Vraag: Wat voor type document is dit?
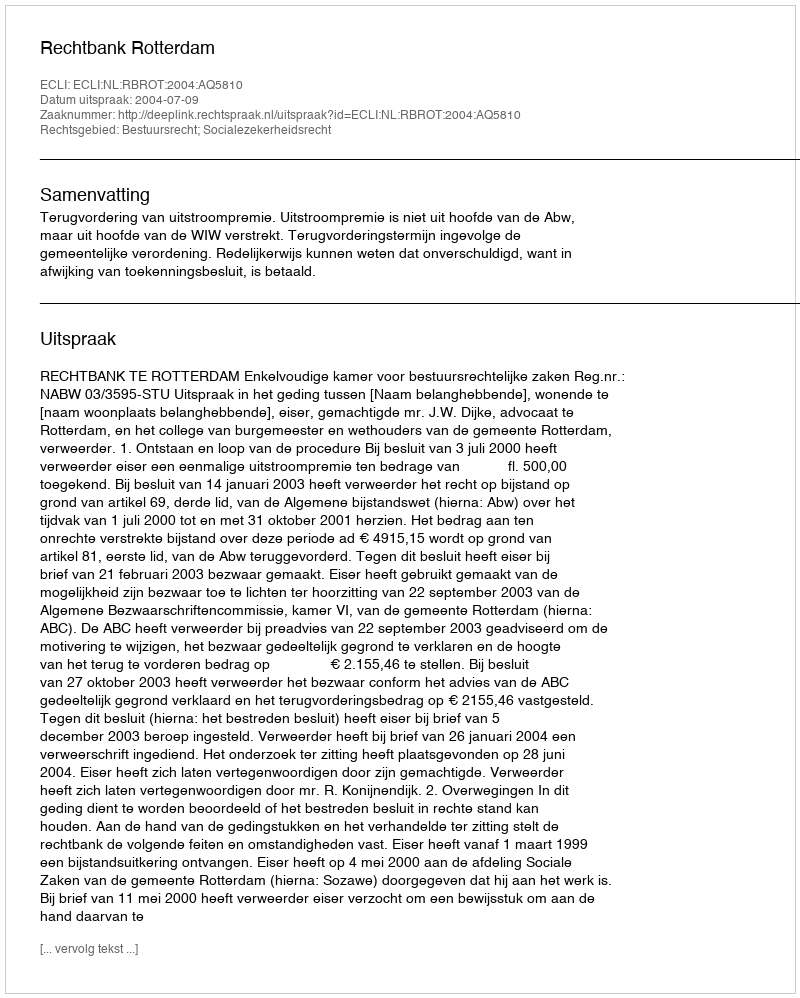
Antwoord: Uitspraak